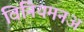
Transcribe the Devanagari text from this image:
विनियमनअ